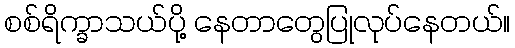
စစ်ရိက္ခာသယ်ပို့ နေတာတွေပြုလုပ်နေတယ်။